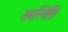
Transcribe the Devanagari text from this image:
समस्थिति।